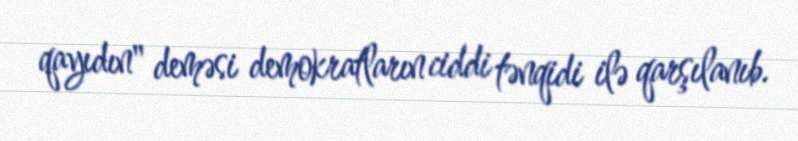
qayıdın" deməsi demokratların ciddi tənqidi ilə qarşılanıb.